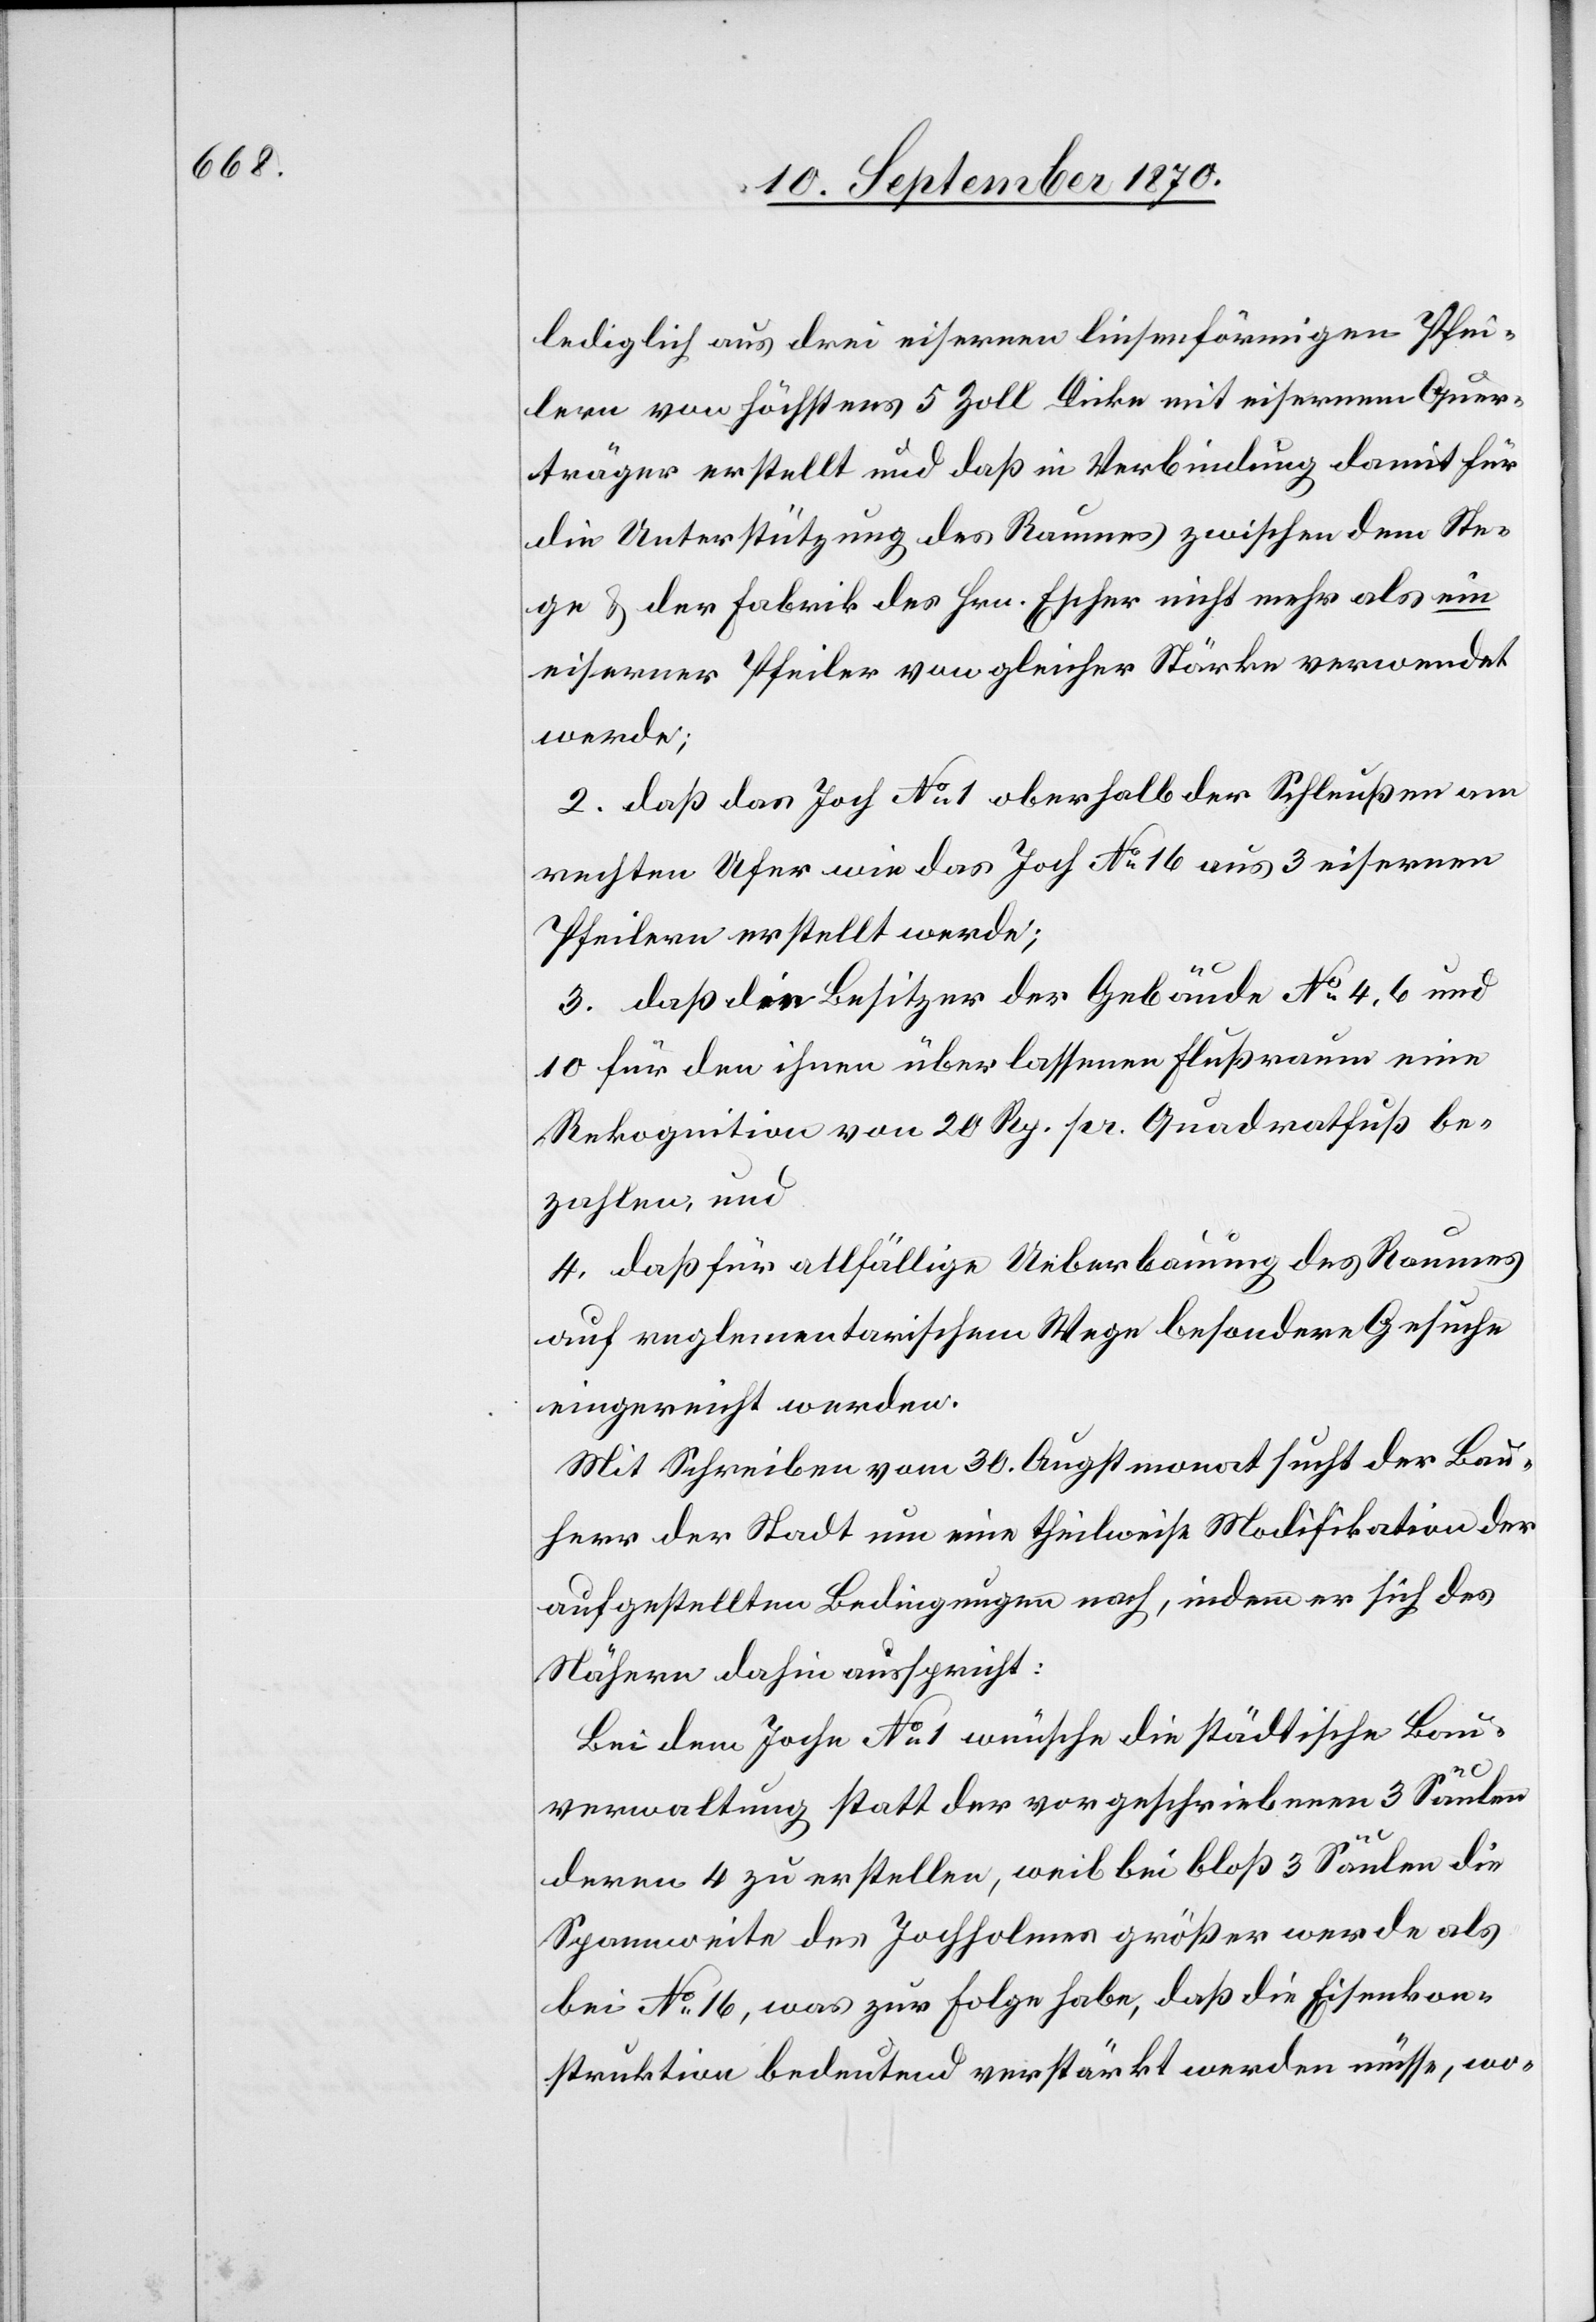
lediglich aus drei eisernen linsenförmigen Pfei¬
lern von höchstens 5 Zoll Dicke mit eisernem Quer¬
träger erstellt und daß in Verbindung damit für
die Unterstützung des Raumes zwischen dem Ste¬
ge & der Fabrik des Hrn. Escher nicht mehr als ein
eiserner Pfeiler von gleicher Stärke verwendet
werde;
2. daß das Joch No 1 oberhalb der Schleußen am
rechten Ufer wie das Joch No 16 aus 3 eisernen
Pfeilern erstellt werde;
3. daß die Besitzer der Gebäude No 4, 6 und
10 für den ihnen überlassenen Flußraum eine
Rekognition von 20 Rp. pr. Quadratfuß be¬
zahlen, und
4. daß für allfällige Ueberbauung des Raumes
auf reglementarischem Wege besondere Gesuche
eingereicht werden.
Mit Schreiben vom 30. Augstmonat sucht der Bau¬
herr der Stadt um eine theilweise Modifikation der
aufgestellten Bedingungen nach, indem er sich des
Nähern dahin ausspricht:
Bei dem Joche No 1 wünsche die städtische Bau¬
verwaltung statt der vorgeschriebenen 3 Säulen
deren 4 zu erstellen, weil bei bloß 3 Säulen die
Spannweite des Jochholmes größer werde als
bei No 16, was zur Folge habe, daß die Eisenkon¬
struktion bedeutend verstärkt werden müsse, wo-